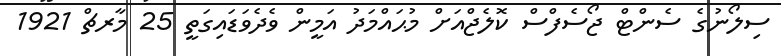
ސިލޯނުގެ ސެންޓް ޖޯސެފްސް ކޮލެޖްއަށް މުޙައްމަދު އަމީން ވެދެވަޑައިގަތީ 25 މާރޗް 1921